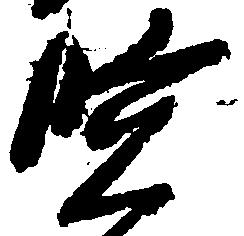
賢